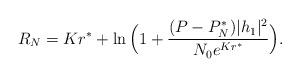
LaTeX: \begin{align*}R_N=Kr^*+\ln\Big(1+\frac{(P-P_N^* )|{h_1}|^2}{N_0e^{Kr^*}}\Big).\end{align*}